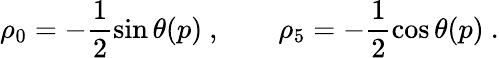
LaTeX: \rho_{0}=-\frac{1}{2}\sin\theta(p)\ ,\qquad\rho_{5}=-\frac{1}{2}\cos\theta(p)\ .